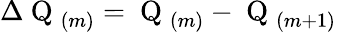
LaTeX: \Delta\mathrm{~Q~}_{(m)}=\mathrm{~Q~}_{(m)}-\mathrm{~Q~}_{(m+1)}